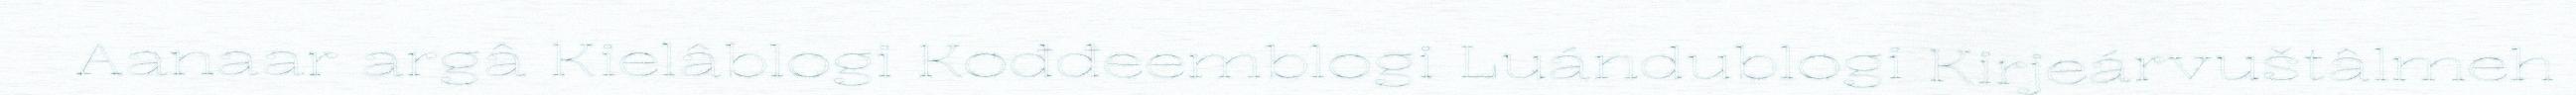
Aanaar argâ Kielâblogi Kođđeemblogi Luándublogi Kirjeárvuštâlmeh